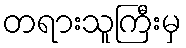
တရားသူကြီးမှ